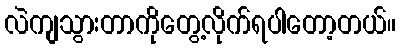
လဲကျသွားတာကိုတွေ့လိုက်ရပါတော့တယ်။